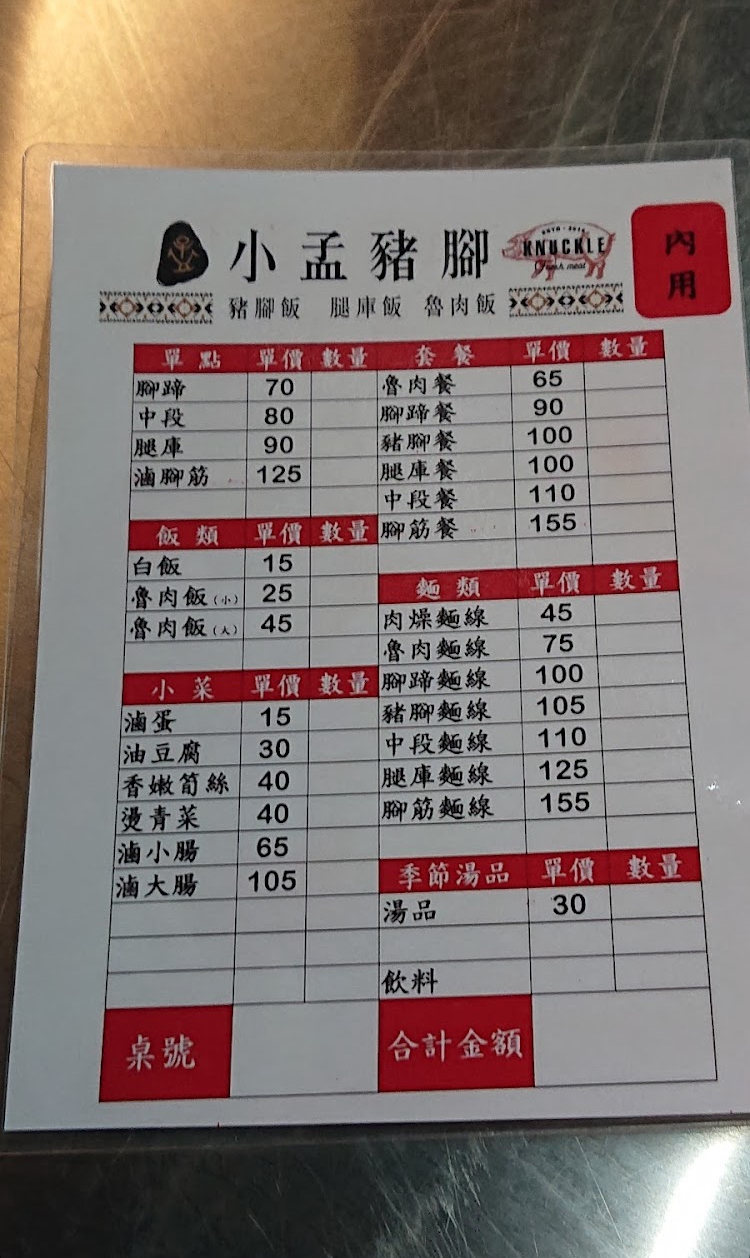
餐廳：小孟豬腳
菜單：
name: 豬腳飯
price: 70
name: 腿庫飯
price: 80
name: 魯肉飯(小)
price: 25
name: 魯肉飯(大)
price: 45
name: 白飯
price: 15
name: 肉燥麵線
price: 45
name: 魯肉麵線
price: 75
name: 腳蹄麵線
price: 100
name: 豬腳麵線
price: 105
name: 中段麵線
price: 110
name: 腿庫麵線
price: 125
name: 腳筋麵線
price: 155
name: 魯肉餐
price: 65
name: 腳蹄餐
price: 90
name: 豬腳餐
price: 100
name: 腿庫餐
price: 100
name: 中段餐
price: 110
name: 腳筋餐
price: 155
name: 滷腳筋
price: 125
name: 滷蛋
price: 15
name: 油豆腐
price: 30
name: 香嫩節絲
price: 40
name: 燙青菜
price: 40
name: 滷小腸
price: 65
name: 滷大腸
price: 105
name: 湯品
price: 30